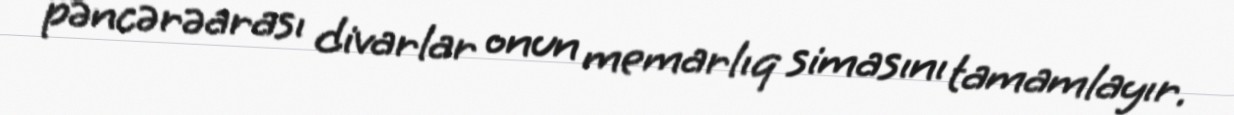
pəncərəarası divarlar onun memarlıq simasını tamamlayır.